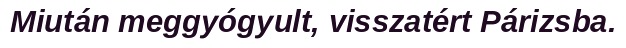
Miután meggyógyult, visszatért Párizsba.